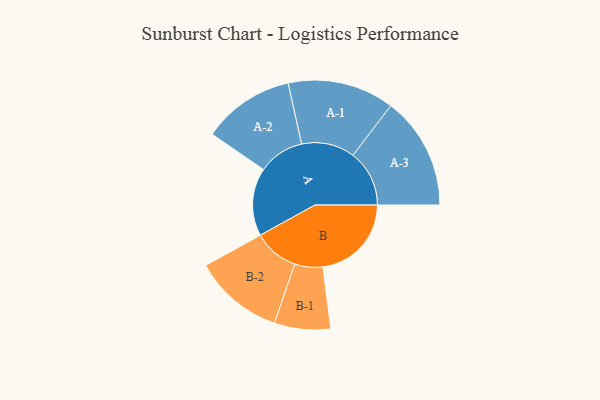
{"axis": {"x": "Segment", "y": "Value"}, "legend": ["", "A", "B"], "data": [{"x": "A", "y": 283, "type": ""}, {"x": "B", "y": 369, "type": ""}, {"x": "A-1", "y": 222, "type": "A"}, {"x": "A-2", "y": 192, "type": "A"}, {"x": "A-3", "y": 235, "type": "A"}, {"x": "B-1", "y": 117, "type": "B"}, {"x": "B-2", "y": 188, "type": "B"}]}